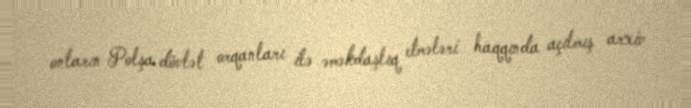
onların Polşa dövlət orqanları ilə əməkdaşlıq etmələri haqqında açılmış arxiv